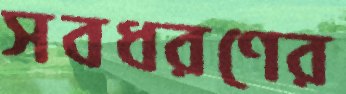
সবধরণের